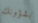
بشؤونك